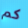
كم